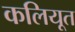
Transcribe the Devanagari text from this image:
कलियूत